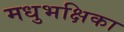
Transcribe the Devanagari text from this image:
मधुभक्षिका